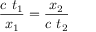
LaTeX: { \frac { c \ t _ { 1 } } { x _ { 1 } } } = { \frac { x _ { 2 } } { c \ t _ { 2 } } }